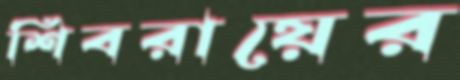
শিবরায়ের